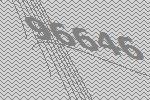
96646